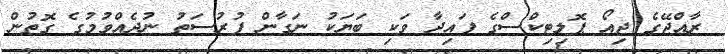
ރާއްޖޭގެ ޖިއޯ ޕޮލިޓިކްސްގެ ފައިދާ ވަކި ބަޔަކު ނަގާން ފުރުސަތު ނުދެއްވުމުގެ ގޮތުން